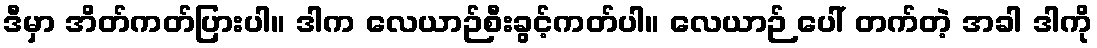
ဒီမှာ အိတ်ကတ်ပြားပါ။ ဒါက လေယာဉ်စီးခွင့်ကတ်ပါ။ လေယာဉ် ပေါ် တက်တဲ့ အခါ ဒါကို